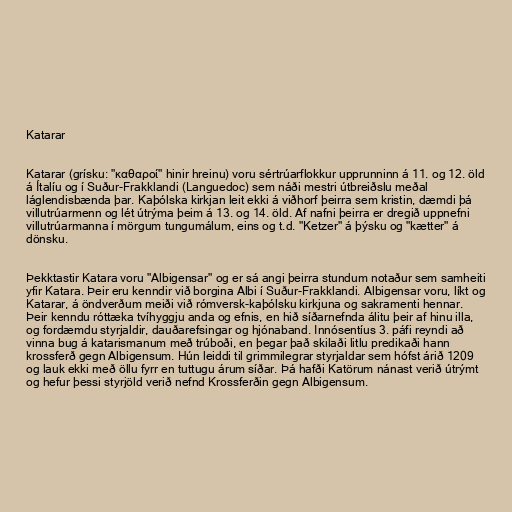
Katarar

Katarar (grísku: "καθαροί" hinir hreinu) voru sértrúarflokkur upprunninn á 11. og 12. öld
á Ítalíu og í Suður-Frakklandi (Languedoc) sem náði mestri útbreiðslu meðal
láglendisbænda þar. Kaþólska kirkjan leit ekki á viðhorf þeirra sem kristin, dæmdi þá
villutrúarmenn og lét útrýma þeim á 13. og 14. öld. Af nafni þeirra er dregið uppnefni
villutrúarmanna í mörgum tungumálum, eins og t.d. "Ketzer" á þýsku og "kætter" á
dönsku.

Þekktastir Katara voru "Albigensar" og er sá angi þeirra stundum notaður sem samheiti
yfir Katara. Þeir eru kenndir við borgina Albi í Suður-Frakklandi. Albigensar voru, líkt og
Katarar, á öndverðum meiði við rómversk-kaþólsku kirkjuna og sakramenti hennar.
Þeir kenndu róttæka tvíhyggju anda og efnis, en hið síðarnefnda álitu þeir af hinu illa,
og fordæmdu styrjaldir, dauðarefsingar og hjónaband. Innósentíus 3. páfi reyndi að
vinna bug á katarismanum með trúboði, en þegar það skilaði litlu predikaði hann
krossferð gegn Albigensum. Hún leiddi til grimmilegrar styrjaldar sem hófst árið 1209
og lauk ekki með öllu fyrr en tuttugu árum síðar. Þá hafði Katörum nánast verið útrýmt
og hefur þessi styrjöld verið nefnd Krossferðin gegn Albigensum.